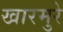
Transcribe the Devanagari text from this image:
खारमुरे